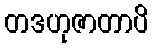
တဒဟုဇာတာပိ